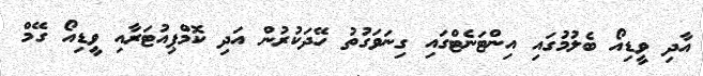
އާދި ވީޑިއޯ ބެލުމުގައި އިންޓަނެޓްގައި ގިނަވަގުތު ހޭދަކުރުން އަދި ކޮމްޕިއުޓަރާއި ވީޑިއޯ ގޭމް